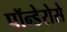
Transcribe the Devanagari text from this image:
पॉन्डेरोसे